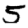
Digit: 5